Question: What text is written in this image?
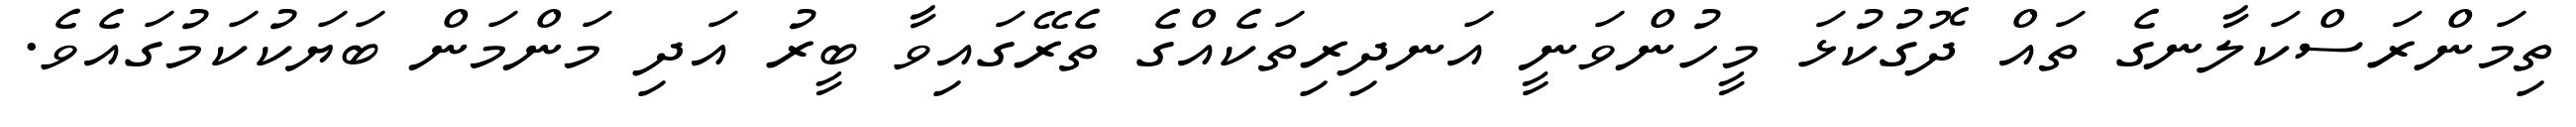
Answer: ތިމަންރަސްކަލާނގެ ތައް ދޮގުކުޅަ މީހުންވަނީ އަނދިރިތަކެއްގެ ތެރޭގައިވާ ބީރު އަދި މަންމަން ބަޔަކުކަމުގައެވެ.